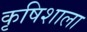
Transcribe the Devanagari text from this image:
कृषिशाला